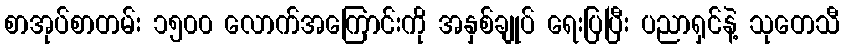
စာအုပ်စာတမ်း ၁၅၀၀ လောက်အကြောင်းကို အနှစ်ချုပ် ရေးပြပြီး ပညာရှင်နဲ့ သုတေသီ